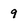
Character: 9